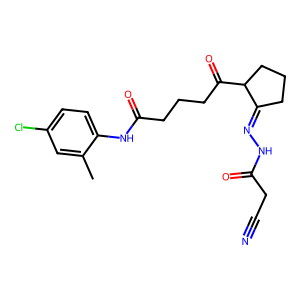
SMILES: Cc1cc(Cl)ccc1NC(=O)CCCC(=O)C1CCCC1=NNC(=O)CC#N
Inhibits HIV replication: No